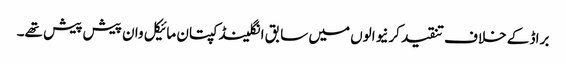
براڈ کے خلاف تنقید کرنیوالوں میں سابق انگلینڈ کپتان مائیکل وان پیش پیش تھے۔